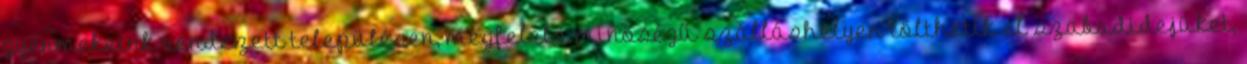
gyermekeink rendezett településen, megfelelő minőségű szálláshelyen tölthetik el szabadidejüket,